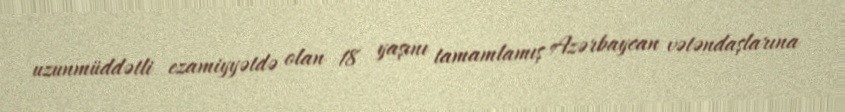
uzunmüddətli ezamiyyətdə olan 18 yaşını tamamlamış Azərbaycan vətəndaşlarına